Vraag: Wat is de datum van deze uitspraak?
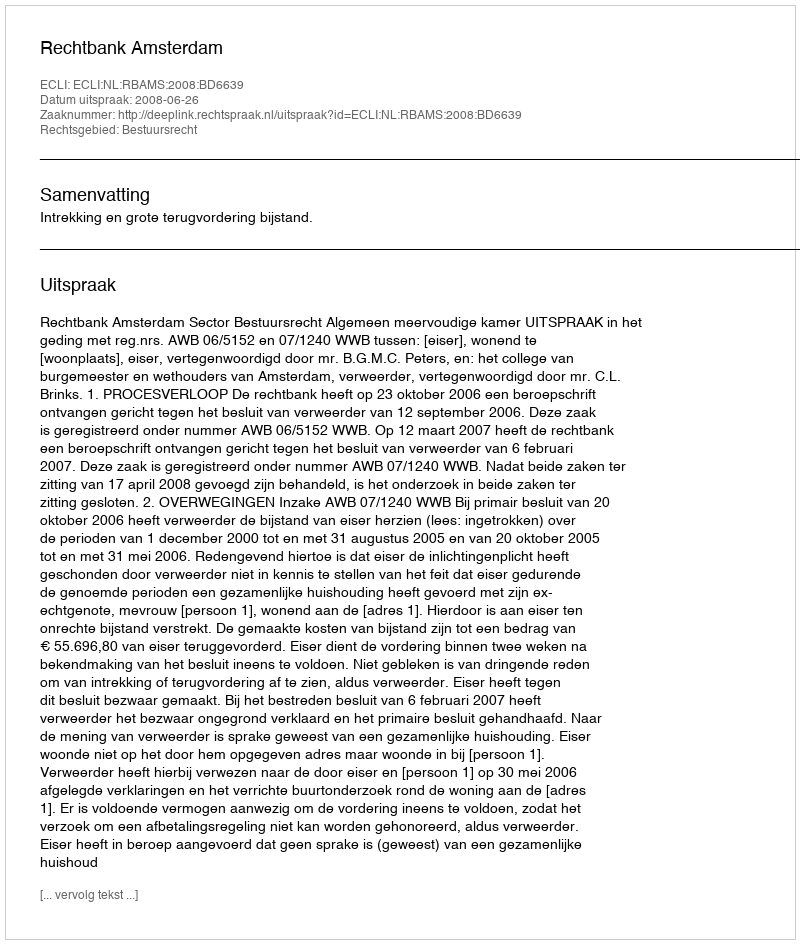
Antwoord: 2008-06-26